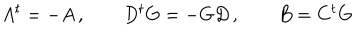
LaTeX: A ^ { t } = - A \, , \qquad D ^ { t } G = - G D \, , \qquad B = C ^ { t } G